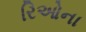
રિઓના